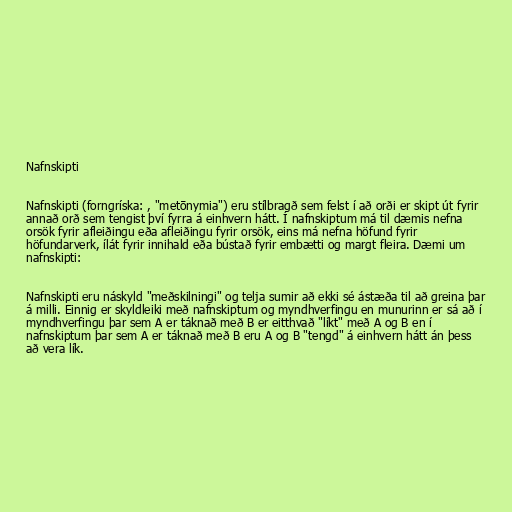
Nafnskipti

Nafnskipti (forngríska: , "metōnymia") eru stílbragð sem felst í að orði er skipt út fyrir
annað orð sem tengist því fyrra á einhvern hátt. Í nafnskiptum má til dæmis nefna
orsök fyrir afleiðingu eða afleiðingu fyrir orsök, eins má nefna höfund fyrir
höfundarverk, ílát fyrir innihald eða bústað fyrir embætti og margt fleira. Dæmi um
nafnskipti:

Nafnskipti eru náskyld "meðskilningi" og telja sumir að ekki sé ástæða til að greina þar
á milli. Einnig er skyldleiki með nafnskiptum og myndhverfingu en munurinn er sá að í
myndhverfingu þar sem A er táknað með B er eitthvað "líkt" með A og B en í
nafnskiptum þar sem A er táknað með B eru A og B "tengd" á einhvern hátt án þess
að vera lík.